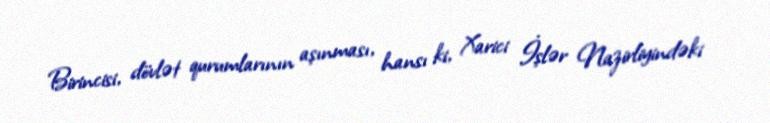
Birincisi, dövlət qurumlarının aşınması, hansı ki, Xarici İşlər Nazirliyindəki